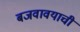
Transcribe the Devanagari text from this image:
बजवावयाची